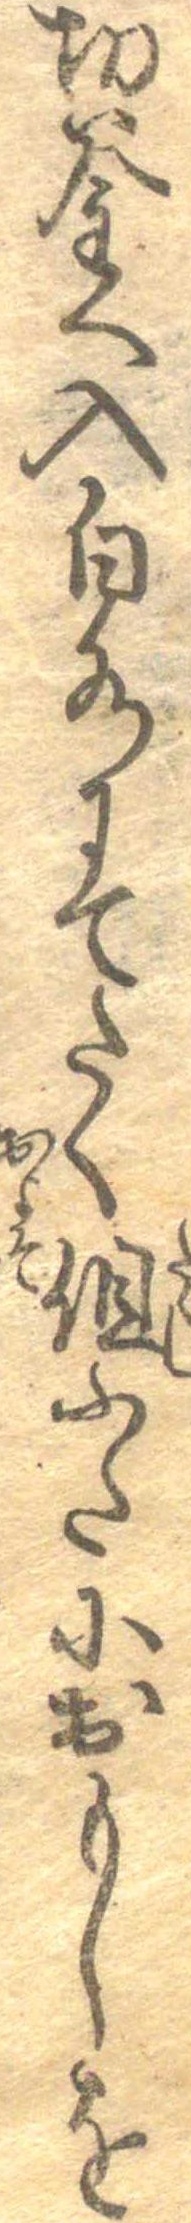
切釜へ入白水にてたく但ふたにおもしを